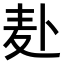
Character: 𫧮